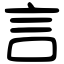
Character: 言